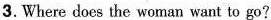
3.Where does the woman want to go?